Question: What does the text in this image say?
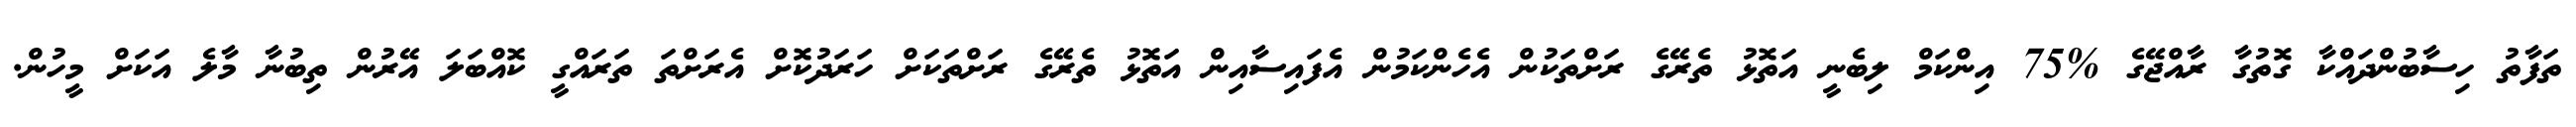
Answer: ތަފާތު ހިސާބުންދައްކާ ގޮތުގާ ރާއްޖޭގެ %75 އިންކަމް ލިބެނީ އަތޮޅު ތެރޭގެ ރަށްތަކުން އެހެންކަމުން އެފައިސާއިން އަތޮޅު ތެރޭގެ ރަށްތަކަށް ހަރަދުކޮށް އެރަށްތަ ތަރައްގީ ކޮއްބަލަ އޭރުން ތިބުނާ މާލެ އަކަށް މީހުން.